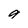
Character: g